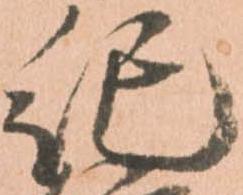
紀